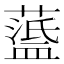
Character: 𦽘